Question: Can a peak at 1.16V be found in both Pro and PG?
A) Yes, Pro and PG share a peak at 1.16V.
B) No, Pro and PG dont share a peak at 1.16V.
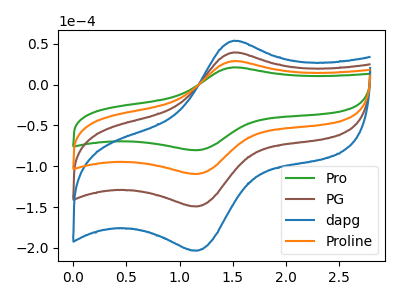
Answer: <think>The green curve "Pro" has an anodic peak at (1.50V, 21.30uA) and a cathodic peak at (1.15V, -80.30uA). The brown curve "PG" has an anodic peak at (1.50V, 58.00uA) and a cathodic peak at (1.15V, -219.00uA). The blue curve "dapg" has an anodic peak at (1.50V, 87.00uA) and a cathodic peak at (1.15V, -328.50uA). The orange curve "Proline" has an anodic peak at (1.50V, 29.00uA) and a cathodic peak at (1.15V, -109.50uA).</think>
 <answer>A) Yes, "Pro" and "PG" share a peak at 1.16V.</answer>
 <eval>A</eval>